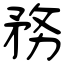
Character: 務